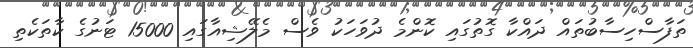
ތަފާސްހިސާބުތައް ދައްކާ ގޮތުގައި ކޮންމެ ދުވަހަކު ވެސް މެލޭޝިއާގައި 15000 ޓަނުގެ ކާތަކެތި